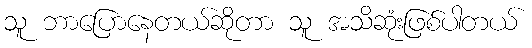
သူ ဘာပြောနေတယ်ဆိုတာ သူ အသိဆုံးဖြစ်ပါတယ်